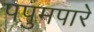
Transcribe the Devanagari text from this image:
पपुमपारे